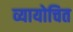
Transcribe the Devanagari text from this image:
व्यायोचित